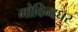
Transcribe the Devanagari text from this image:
गोविन्दघर